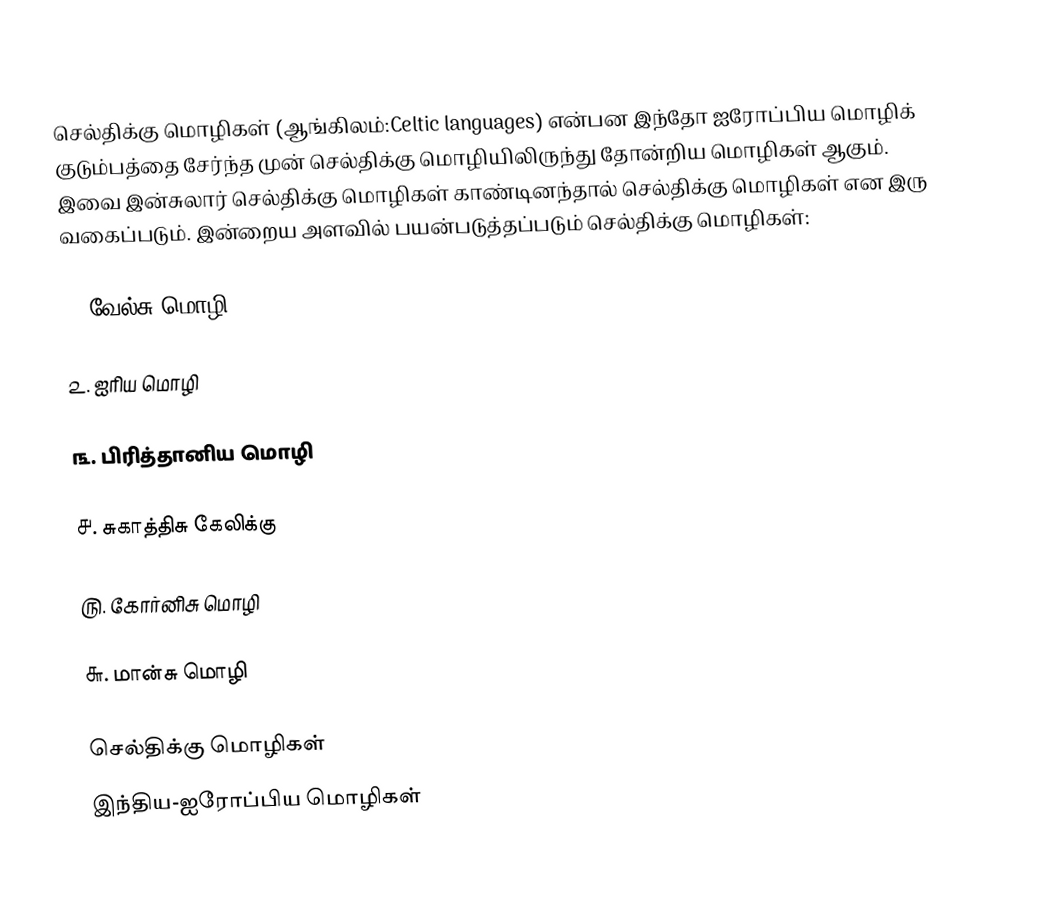
செல்திக்கு மொழிகள் (ஆங்கிலம்:Celtic languages) என்பன இந்தோ ஐரோப்பிய மொழிக் குடும்பத்தை சேர்ந்த முன் செல்திக்கு மொழியிலிருந்து தோன்றிய மொழிகள் ஆகும். இவை இன்சுலார் செல்திக்கு மொழிகள் காண்டினந்தால் செல்திக்கு மொழிகள் என இரு வகைப்படும். இன்றைய அளவில் பயன்படுத்தப்படும் செல்திக்கு மொழிகள்:

௧. வேல்சு மொழி

௨. ஐரிய மொழி

௩. பிரித்தானிய மொழி

௪. சுகாத்திசு கேலிக்கு

௫. கோர்னிசு மொழி

௬. மான்சு மொழி

செல்திக்கு மொழிகள்
இந்திய-ஐரோப்பிய மொழிகள்